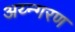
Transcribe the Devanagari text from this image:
अय्न्गरण